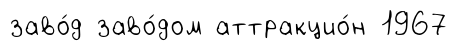
заво́д заво́дом аттракцио́н 1967